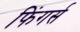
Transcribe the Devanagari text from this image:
फिंगर्स